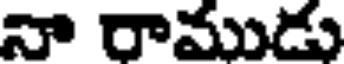
నా రాముడు